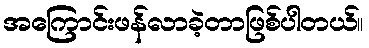
အကြောင်းဖန်လာခဲ့တာဖြစ်ပါတယ်။